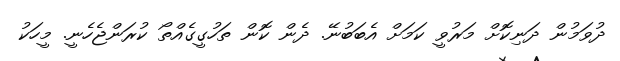
ދުވަމުން ދަނިކޮށް މަރުވީ ކަމަށް އެބަބުނޭ. ދެން ކޮން ތަހުގީގެއްތޯ ކުރަންޖެހެނީ. މީހަކު